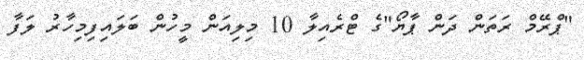
"ޕްރޭމް ރަތަން ދަން ޕާޔޯ"ގެ ޓްރެއިލާ 10 މިލިއަން މީހުން ބަލައިފިމިހާރު ލަފާ